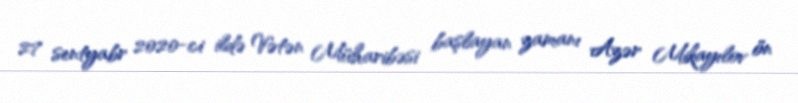
27 sentyabr 2020-ci ildə Vətən Müharibəsi başlayan zamanı Azər Mikayılov ön